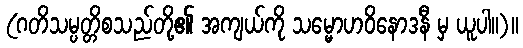
(ဂတိသမ္ပတ္တိစသည်တို့၏ အကျယ်ကို သမ္မောဟဝိနောဒနီ မှ ယူပါ။)။